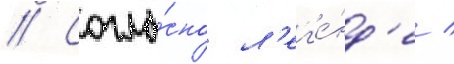
// Согла́сно л'ег'е́нд'е /